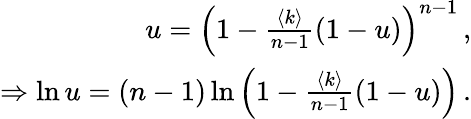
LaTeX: \begin{array}{r}{u=\left(1-\frac{\langle k\rangle}{n-1}(1-u)\right)^{n-1}\, ,}\\ {\Rightarrow\ln u=(n-1)\ln\left(1-\frac{\langle k\rangle}{n-1}(1-u)\right)\, .}\end{array}